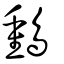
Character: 䳯